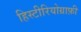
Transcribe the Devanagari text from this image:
हिस्टीरियोग्राफ़ी